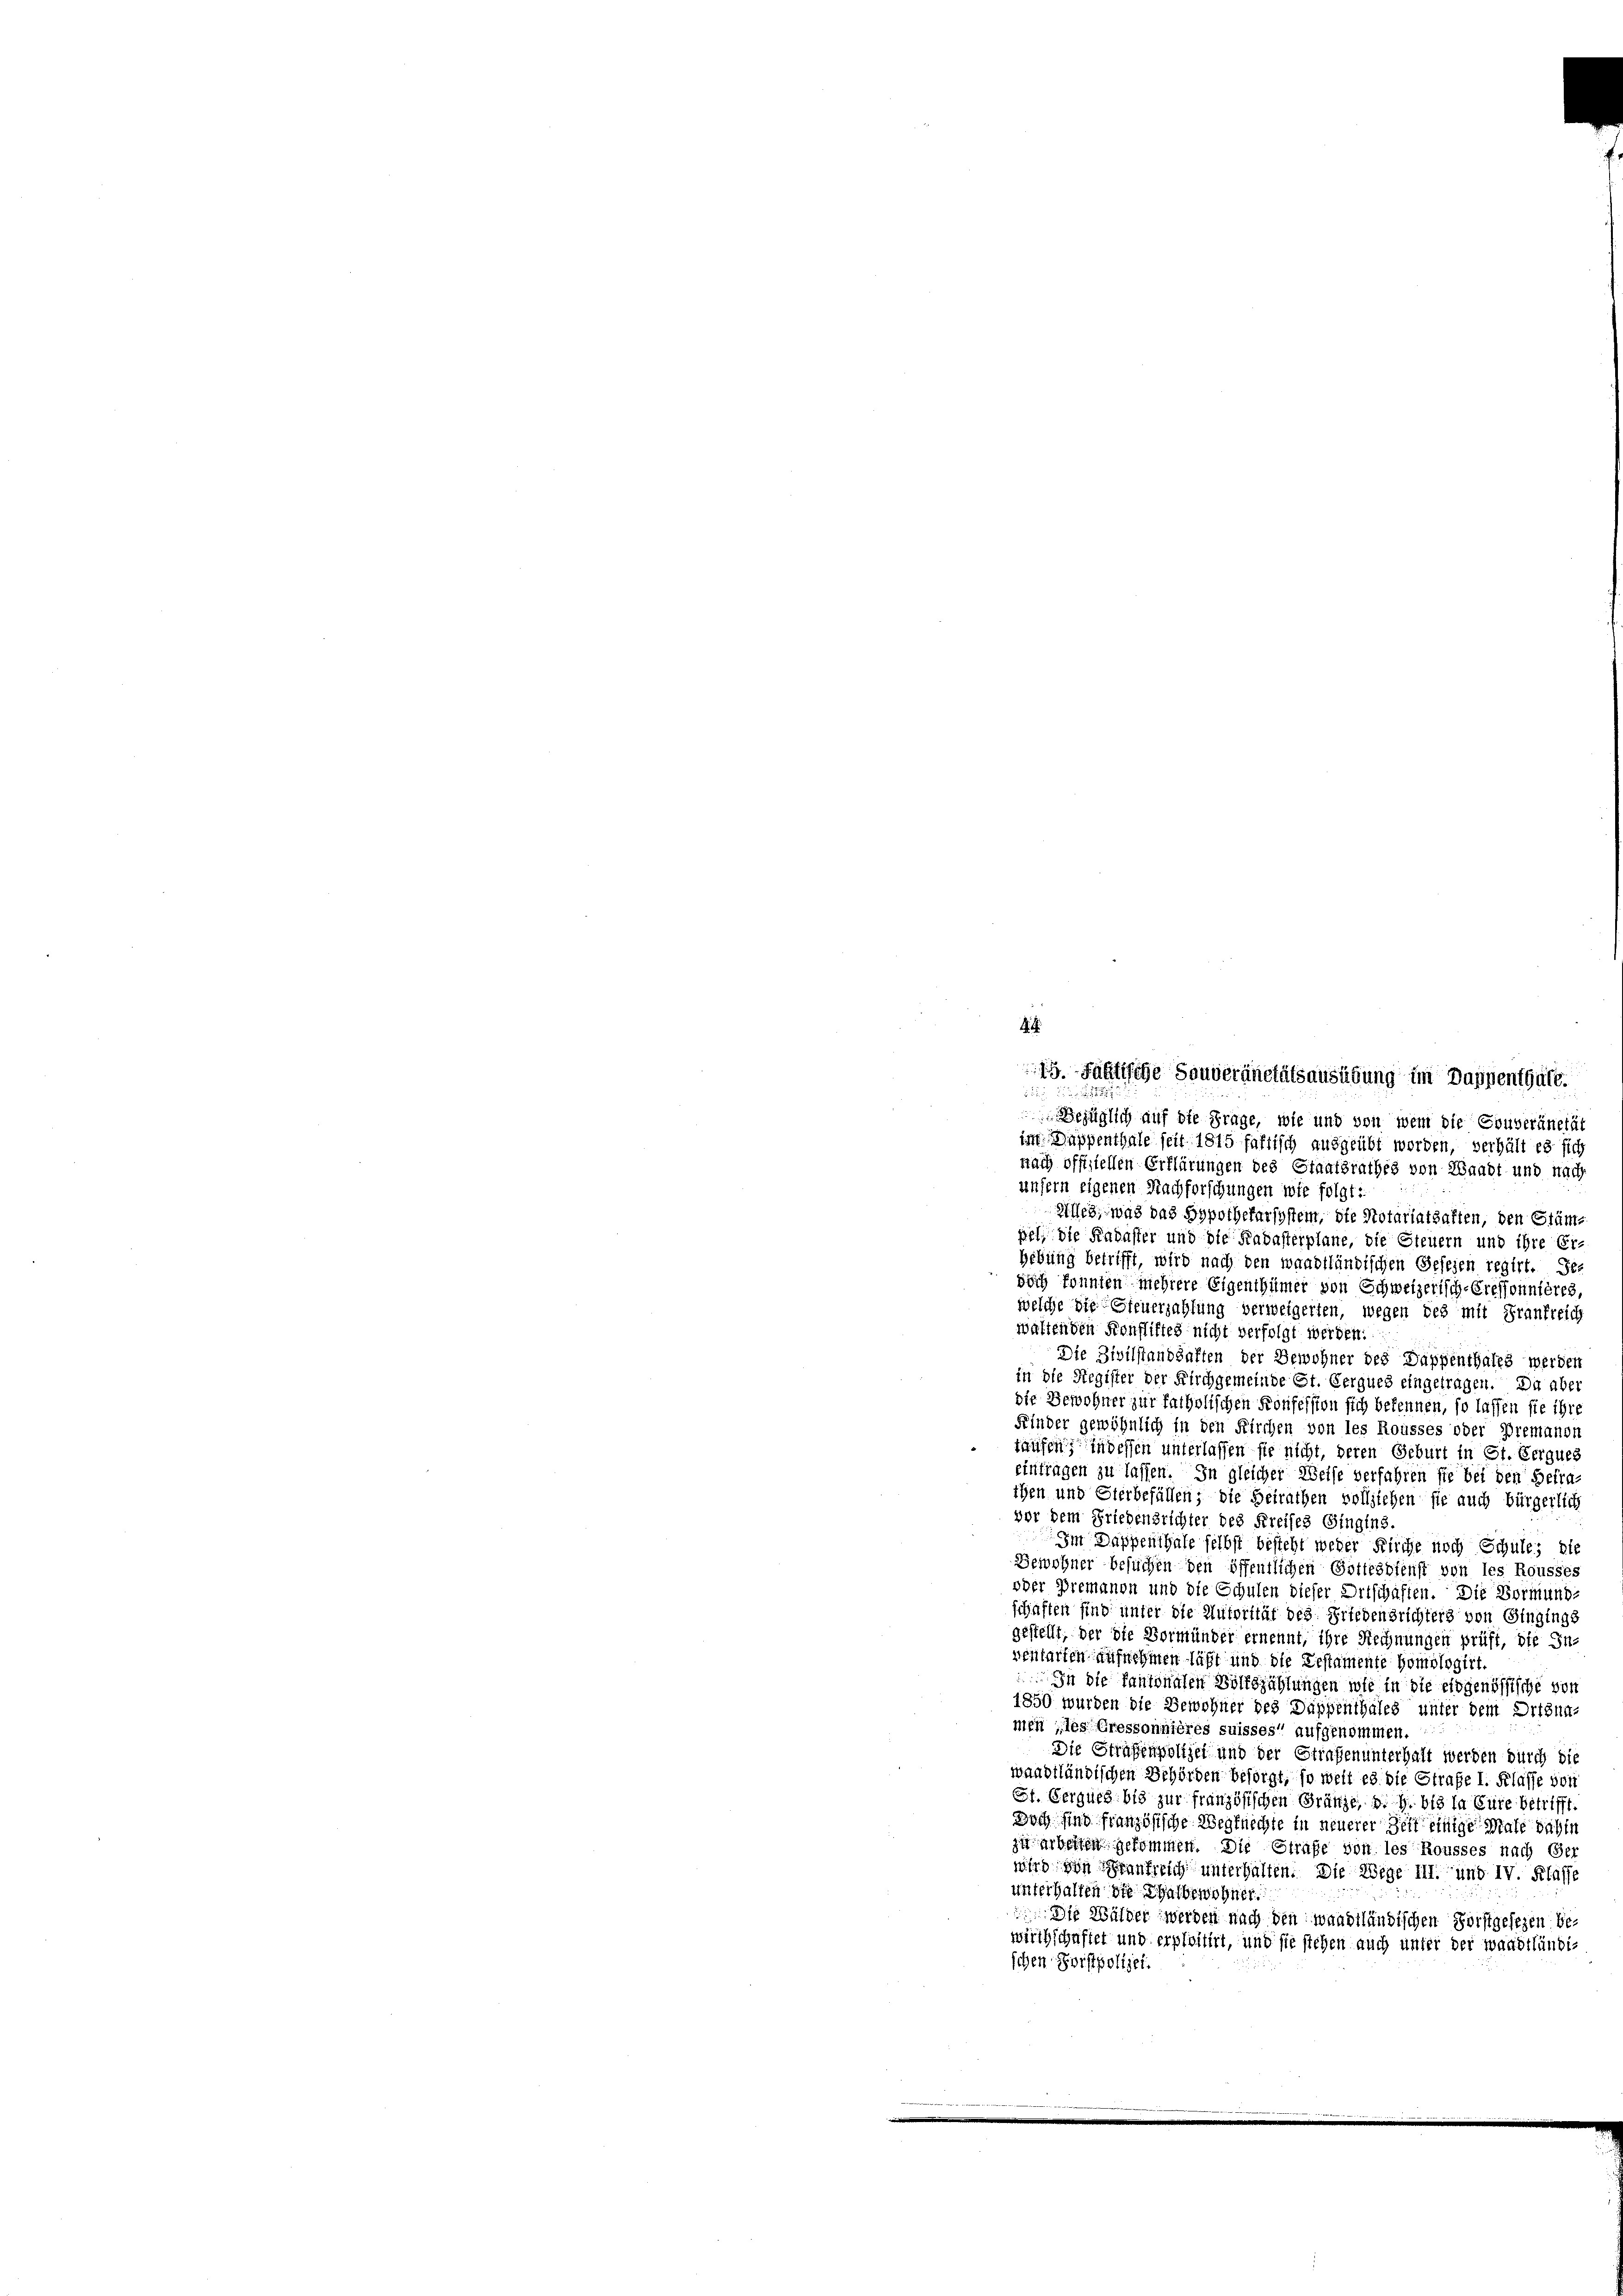
4

49. fältische Souveränetätsausübung im Dappenthale.
2
Bezüglich auf die Frage, wie und von wem die Couveränetät
im Dappenthale seit 1815 fallisch ausgeübt worden, verhält es sich
nach offiziellen Erklärungen des Staatsrathes von Waadt und nach
unsern eigenen Nachforschungen wie folgt:
Zilles, was das Hypothekarsystem, die Notariatsaften, den Stäm-
pel, die Kadaster und die Kadasterplane, die Steuern und ihre Erhebung betrifft, wird nach den waadtländischen Gesezen regirt. Der
buch konnten mehrere Eigenthümer von Schweizerisch-Creffonnières,
welche die Sfeuerzahlung verweigerten, wegen des mit Frankreich
waltenden Konstiftes nicht verfolgt werden.
Die Zivilstandhaften der Bewohner des Dappenthales werden
in die Register der Kirchgemeinde St. Gerques eingetragen. Da aber
die Bewohner zur Patholischen Konfession sich bekennen, so lassen sie ihre
Feinder gewöhnlich in den Kirchen von les Rousses oder Bremanon
taufen, in dessen unterlassen sie nicht, deren Geburt in St. Gerques
eintragen zu lassen. In gleicher Weise verfahren sie bei den Betrathen und Sterbefällen; die Beirathen vollziehen sie auch bürgerlich
vor dem Friedensrichter des Kreises Gingins.
Im Dappenthale selbst besteht weder Fliche noch Schule, die
Gewohner besuchen den öffentlichen Gottesdienst von les Rousses
ober Premanon und die Schulen dieser Ortschaften. Die Vormund-
schaften sind unter die Autorität des Friedensrichters von Gingings
gestellt, der die Vormünder ernennt, ihre Rechnungen prüft, die In-
ventarten aufnehmen läßt und die Restamente Homologirt.
In die Pantonalen Volkszählungen wie in die eidgenössische von
1850 wurden die Bewohner des Dappenthales unter dem Drisnn-
men „les Gressonnières suisses“ aufgenommen.
Die Straßenpolizei und der Strafen unterhalt werden durch die
waadtländischen Behörden besorgt, so welt es die Strafe I. Klasse von
St. Gergueg bis zur französischen Gränze, d. h. bis la Eure betrifft.
Doch sind französische Wegknechte in neuerer Zeit einige Male dahin
zu arbeiten gekommen. Die Strafe von les Rousses nach Ver
wird von Heraufrich unterhalten. Die Wege III. und IV. Klasse
unterhalten die Thalbewohner
 Die Wälder werden nach den waadtländischen Forstgesezen bewirthschaftet und erploitirt, und sie stehen auch unter der Waadtländischen Forstpolizei.